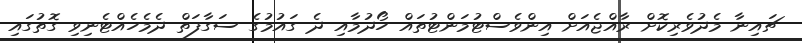
ޗައިނާ މެދުވެރިކޮށް ރާއްޖެއަށް އިންވެސްޓުމަންޓުތައް ހޯދުމާއި ދެ ގައުމުގެ ސަގާފަތް ދެމެހެއްޓެނިވި ގޮތުގައި